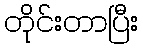
တိုင်းတာပြီး